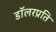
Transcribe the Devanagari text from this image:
डॉलरप्रति